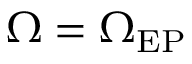
\Omega = \Omega _ { \mathrm { E P } }